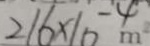
2 1 6 \times 1 0 ^ { - 4 } m